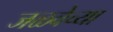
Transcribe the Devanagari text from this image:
जळवेच्या